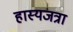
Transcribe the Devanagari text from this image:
हास्यजत्रा